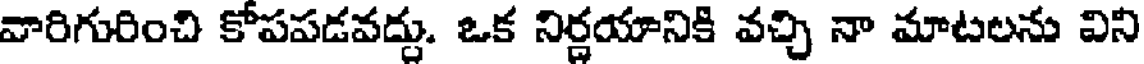
వారిగురించి కోపపడవద్దు. ఒక నిర్ణయానికి వచ్చి నా మాటలను విని